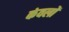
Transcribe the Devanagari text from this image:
कंवलों